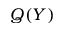
Q ( Y )